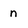
Character: n